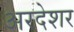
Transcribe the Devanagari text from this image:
अरदेशर